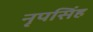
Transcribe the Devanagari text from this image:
नृपसिंह